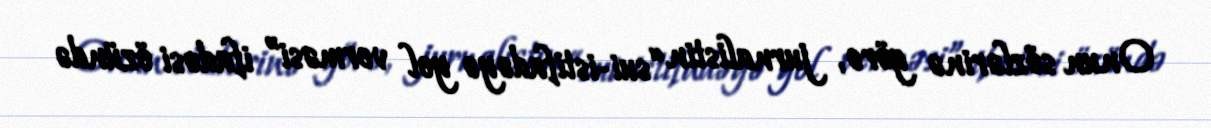
Onun sözlərinə görə, jurnalistin “sui-istifadəyə yol verməsi” ifadəsi özündə